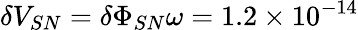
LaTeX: \delta V_{SN}=\delta\Phi_{SN}\omega=1.2\times 10^{-14}